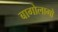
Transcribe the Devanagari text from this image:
बागोलागो